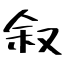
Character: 叙